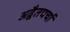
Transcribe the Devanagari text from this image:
अद्वैतचर्चा